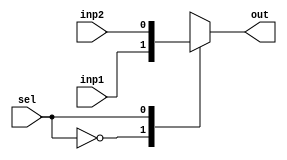
module mux_2to1(
	inp1, inp2, sel, out
);
	input inp1, inp2, sel;
	output out;
	reg out;
	
	always @(inp1 or inp2 or sel)begin
		case(sel)
			0 : out = inp1;
			1 : out = inp2;
			default : out = inp1;
		endcase
	end
endmodule